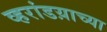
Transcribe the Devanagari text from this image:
व्हरांडय़ाच्या